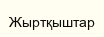
Жыртқыштар